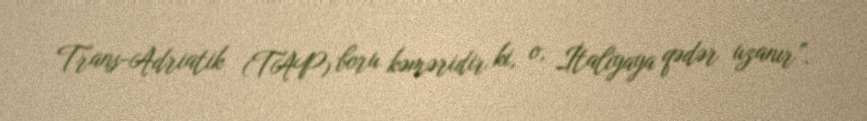
Trans-Adriatik (TAP) boru kəməridir ki, o, İtaliyaya qədər uzanır”.